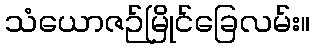
သံယောဇဉ်မြိုင်ခြေလမ်း။